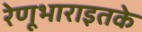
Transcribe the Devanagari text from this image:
रेणूभाराइतके